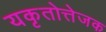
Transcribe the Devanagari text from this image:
यकृतोत्तेजक